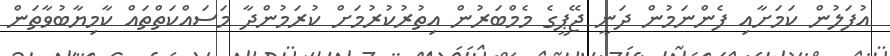
އުފަލުން ކަމަށާއި ފެންނަމުން ދަނީ ޖޭޕީގެ މެމްބަރުން އިތުރުކުރުމަށް ކުރަމުންދާ މަސައްކަތްތައް ކާމިޔާބުވާތަން